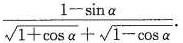
$$\frac{1- \sin \alpha}{\sqrt{1+ \cos \alpha}+ \sqrt{1- \cos \alpha}}$$.